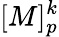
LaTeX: [M]_{p}^{k}